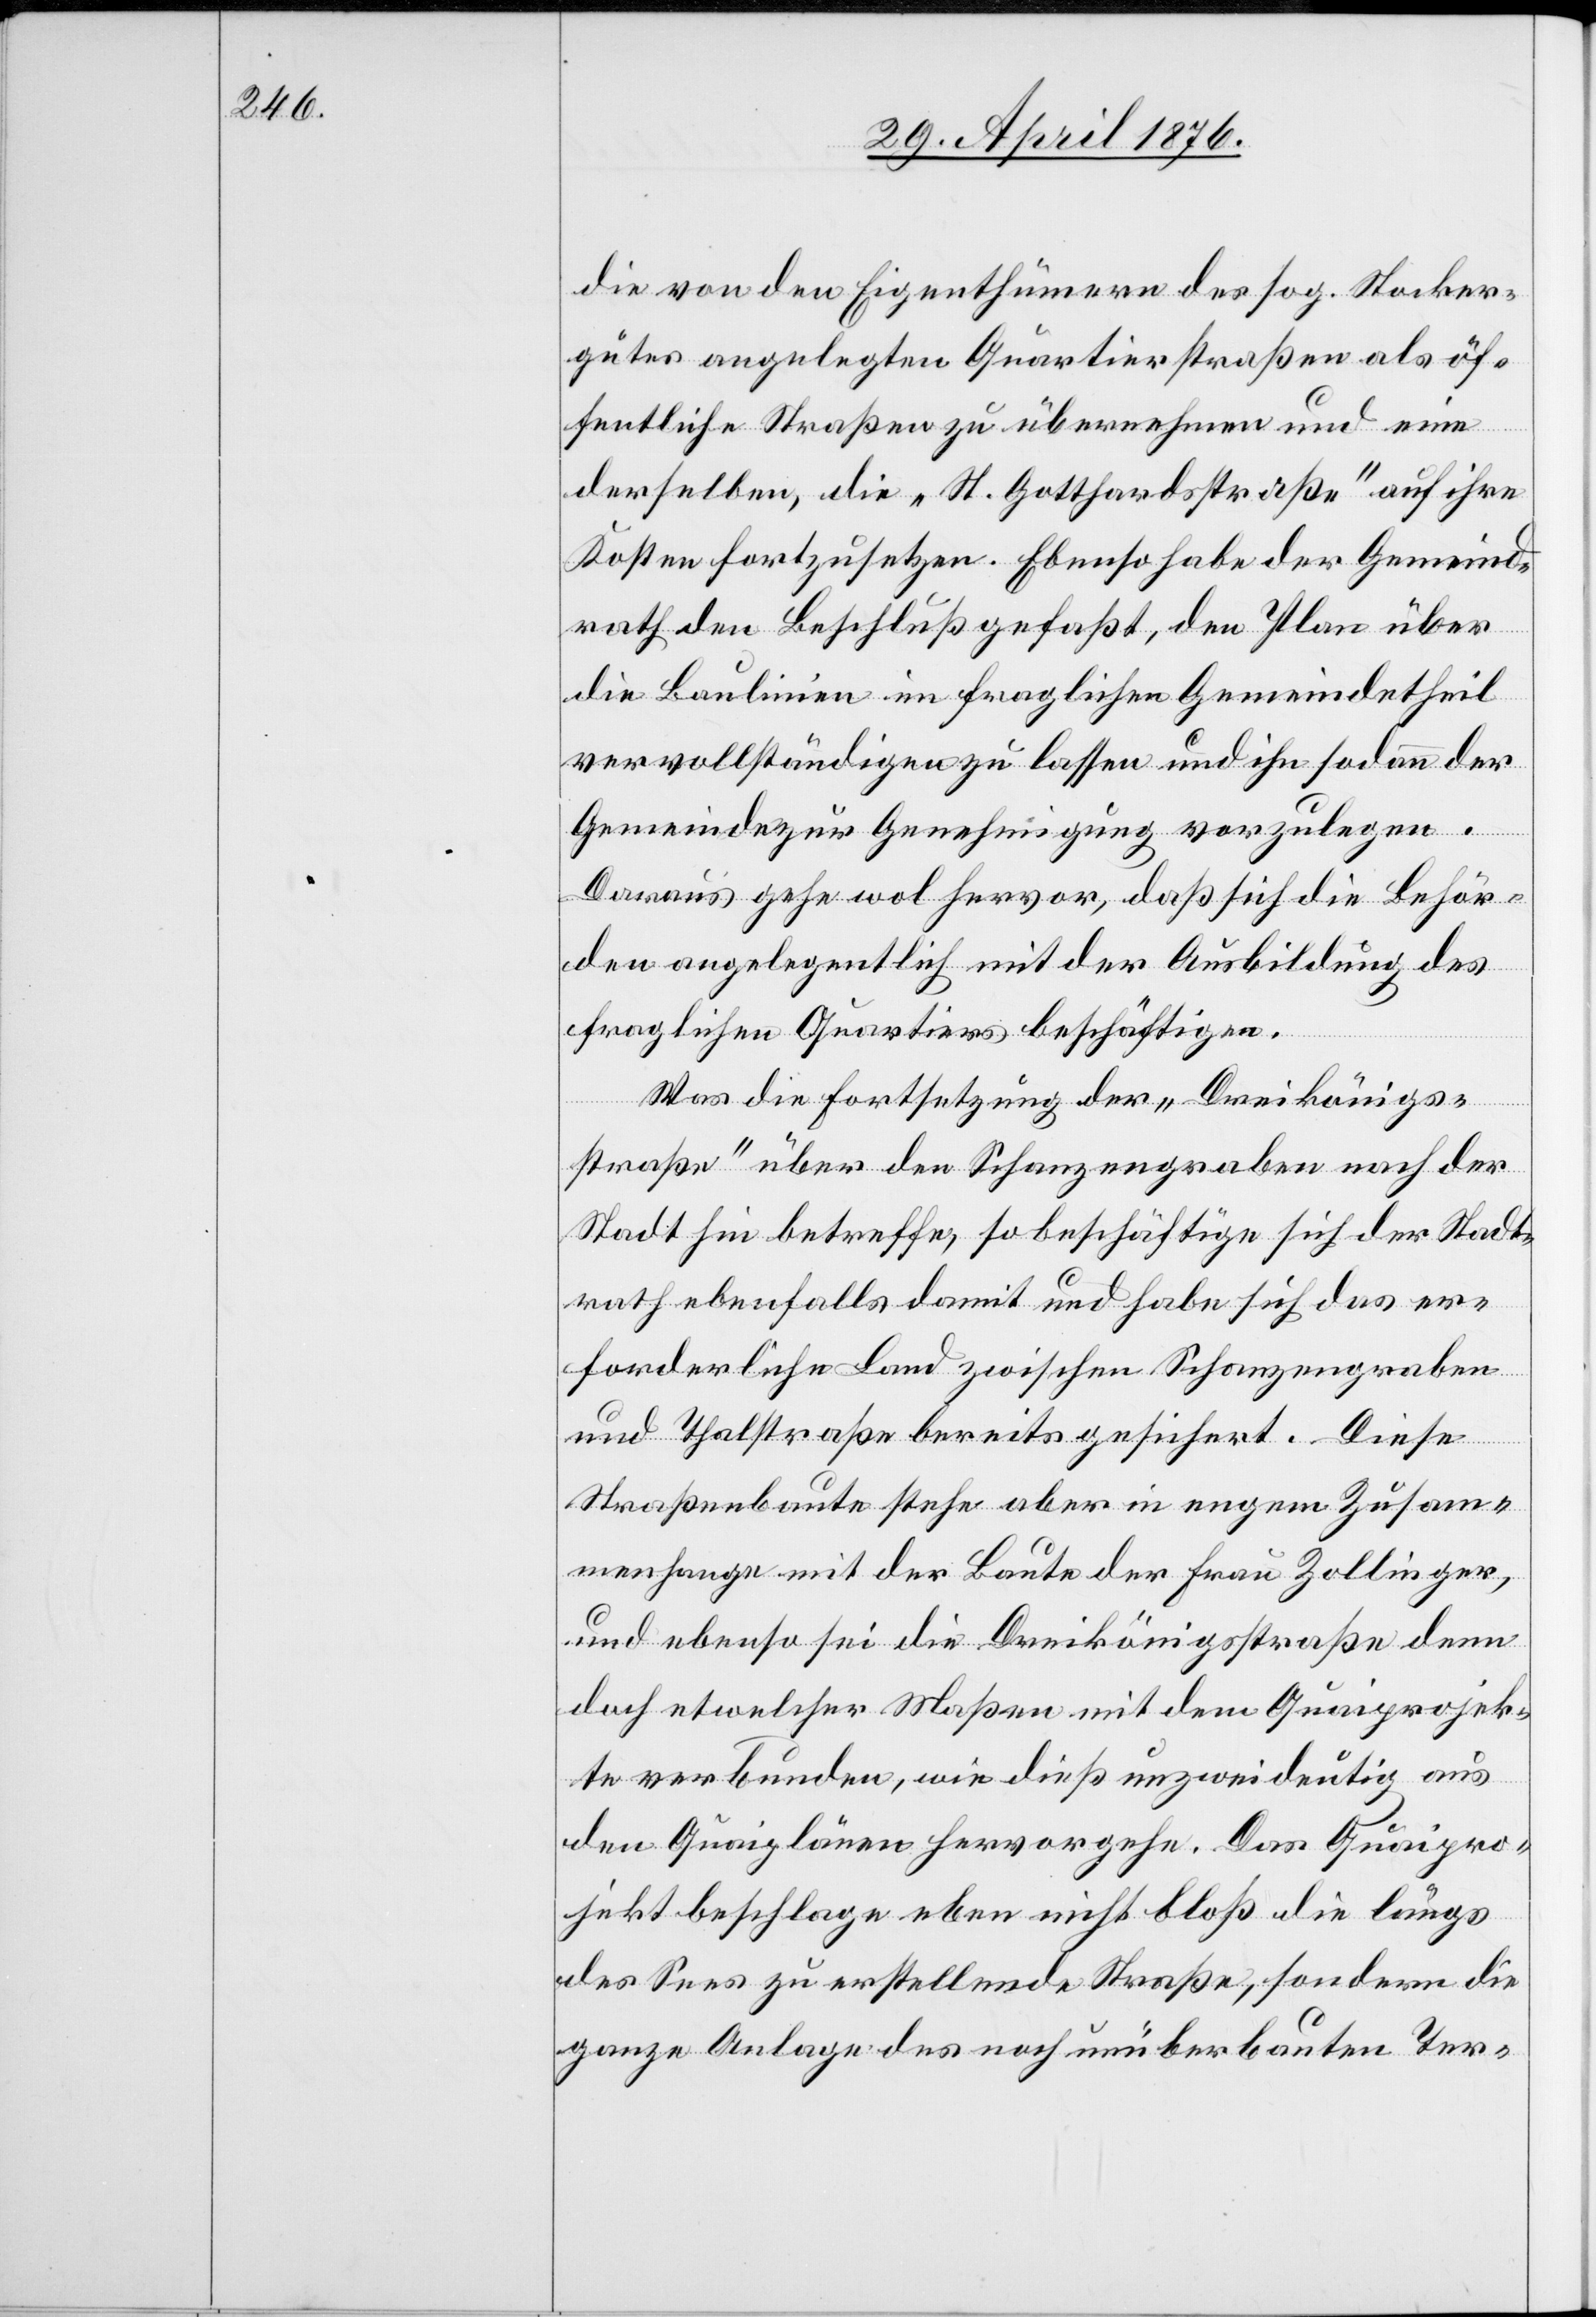
die von den Eigenthümern des sog. Stocker¬
gutes angelegten Quartierstraßen als öf¬
fentliche Straßen zu übernehmen und eine
derselben, die „H. Gotthardstraße“ auf ihre
Kosten fortzusetzen. Ebenso habe der Gemeind¬
rath den Beschluß gefaßt, den Plan über
die Baulinien im fraglichen Gemeindetheil
vervollständigen zu lassen und ihn sodann der
Gemeinde zur Genehmigung vorzulegen.
Daraus gehe wol hervor, daß sich die Behör¬
den angelegentlich mit der Ausbildung des
fraglichen Quartiers beschäftigen.
Was die Fortsetzung der „Dreikönigs¬
straße“ über den Schanzengraben nach der
Stadt hin betreffe, so beschäftige sich der Stadt¬
rath ebenfalls damit und habe sich das er¬
forderliche Land zwischen Schanzengraben
und Thalstraße bereits gesichert. Diese
Straßenbaute stehe aber in engem Zusam¬
menhange mit der Baute der Frau Zollinger,
und ebenso sei die Dreikönigsstraße denn
doch etwelcher Maßen mit dem Quaiprojek¬
te verbunden, wie dies unzweideutig aus
den Quaiplänen hervorgehe. Das Quaipro¬
jekt beschlage eben nicht bloß die längs
des Sees zu erstellende Straße, sondern die
ganze Anlage des noch unüberbauten Ter-